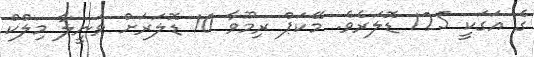
ގެ އަގަކީ 125 ޑޮލަރެވެ. މޭކަޕް ރިމޫވާ 10 ޑޮލަރަށް ވެނީލާ މިލްކް